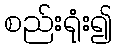
စည်းရုံး၍